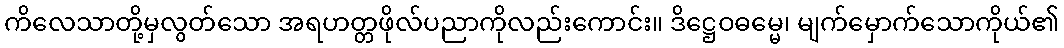
ကိလေသာတို့မှလွတ်သော အရဟတ္တဖိုလ်ပညာကိုလည်းကောင်း။ ဒိဋ္ဌေဝဓမ္မေ၊ မျက်မှောက်သောကိုယ်၏